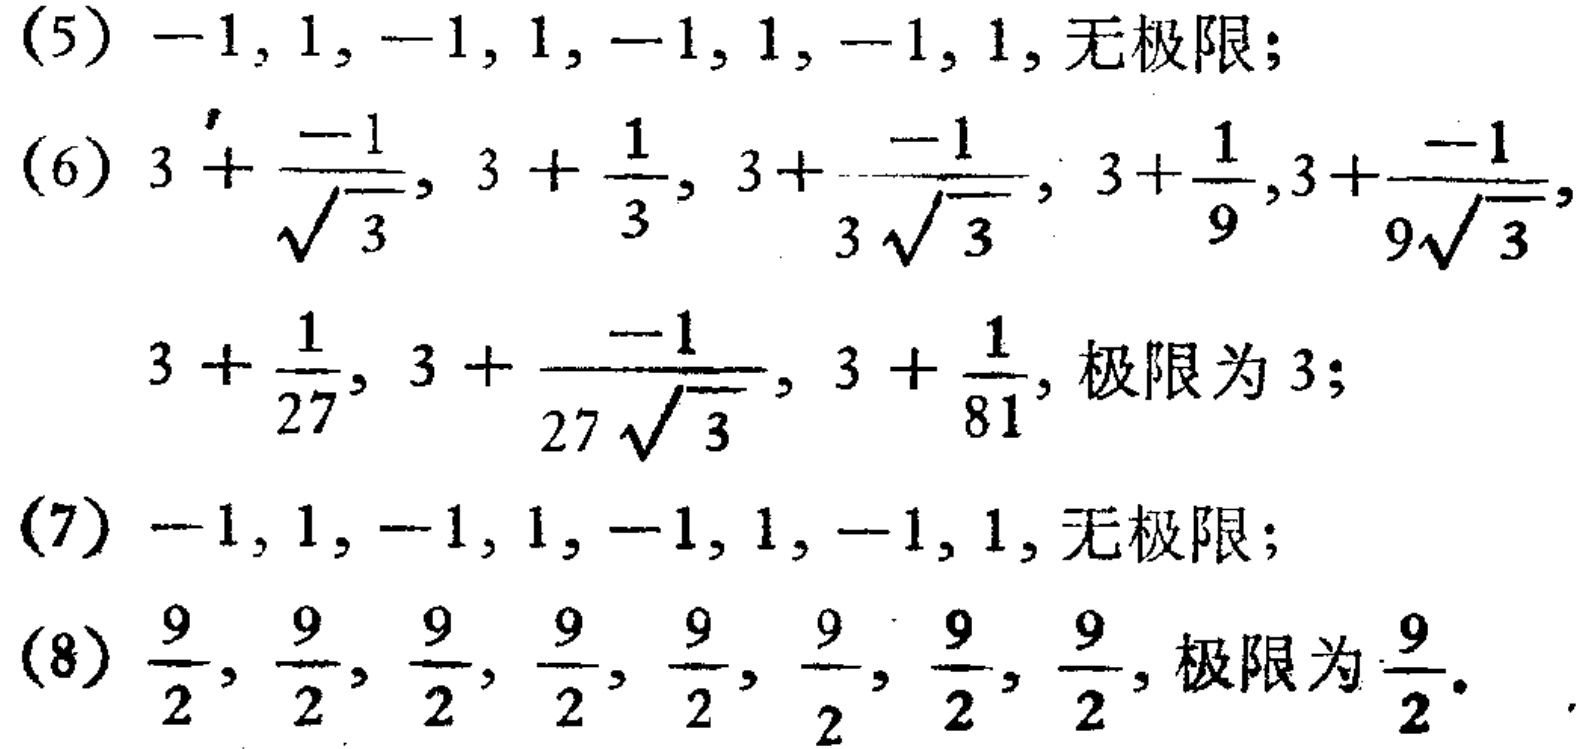
(5) \(-1,1,-1,1,-1,1,-1,1,\) 无极限；
(6) \(3+\frac{-1}{\sqrt{3}},3+\frac{1}{3},3+\frac{-1}{3\sqrt{3}},3+\frac{1}{9},3+\frac{-1}{9\sqrt{3}},3+\frac{1}{27},3+\frac{-1}{27\sqrt{3}},3+\frac{1}{81},\) 极限为 \(3\)；
(7) \(-1,1,-1,1,-1,1,-1,1,\) 无极限；
(8) \(\frac{9}{2},\frac{9}{2},\frac{9}{2},\frac{9}{2},\frac{9}{2},\frac{9}{2},\frac{9}{2},\frac{9}{2},\) 极限为 \(\frac{9}{2}\)。